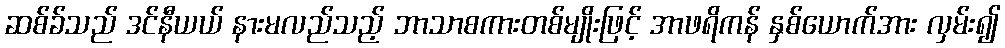
ဆစ်ခ်သည် ဒင်နီယယ် နားမလည်သည့် ဘာသာစကားတစ်မျိုးဖြင့် အာဖရိကန် နှစ်ယောက်အား လှမ်း၍